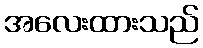
အလေးထားသည်